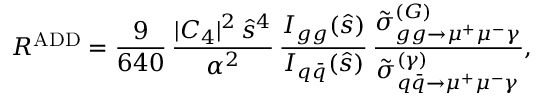
R ^ { \mathrm { A D D } } = \frac { 9 } { 6 4 0 } \, \frac { | C _ { 4 } | ^ { 2 } \, \hat { s } ^ { 4 } } { \alpha ^ { 2 } } \, \frac { I _ { g g } ( \hat { s } ) } { I _ { q \bar { q } } ( \hat { s } ) } \, \frac { \tilde { \sigma } _ { g g \to \mu ^ { + } \mu ^ { - } \gamma } ^ { ( G ) } } { \tilde { \sigma } _ { q \bar { q } \to \mu ^ { + } \mu ^ { - } \gamma } ^ { ( \gamma ) } } ,